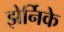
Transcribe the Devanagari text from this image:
झेर्निके